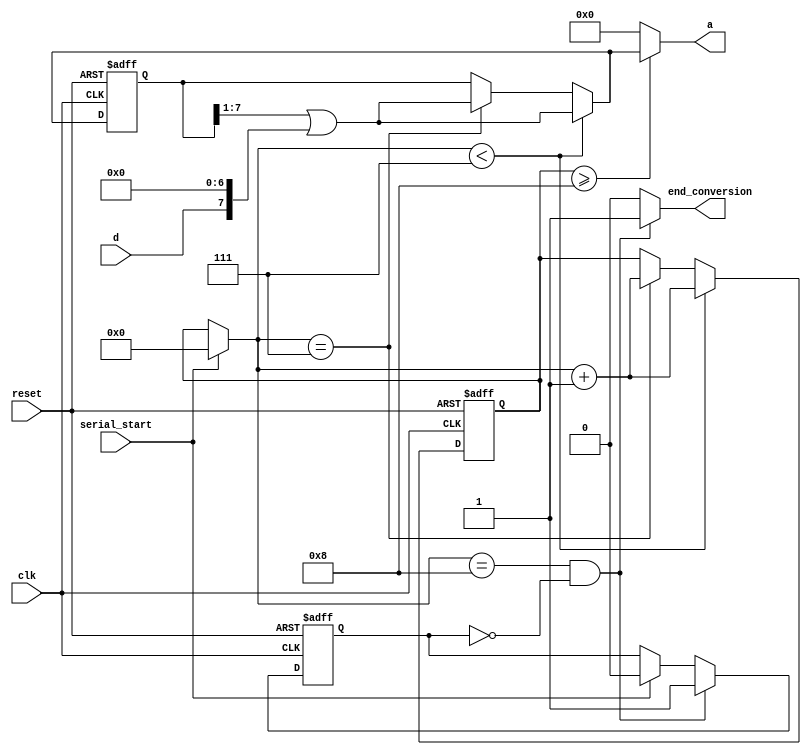
`timescale 1ns / 1ps
//////////////////////////////////////////////////////////////////////////////////
// Company: 
// Engineer: 
// 
// Design Name: 
// Module Name: serial2parallel
// Project Name: 
// Target Devices: 
// Tool Versions: 
// Description: 
// 
// Dependencies: 
// 
// Revision:
// Revision 0.01 - File Created
// Additional Comments:
// 
//////////////////////////////////////////////////////////////////////////////////
`define N 8

module serial2parallel(
    input serial_start,
    input d,
    input clk,
    input reset,
    output reg [7:0] a,
    output reg end_conversion
    );
    
    reg [3:0] counter;
    reg [7:0] state_reg; 
    
    reg [3:0] next_counter;
    reg [7:0] next_state; 
    
    reg [3:0] counter_temp;
    
    reg end_state;
    reg next_end_state;
    
    always@* begin
        if(serial_start)
            counter_temp = 0;
        else
            counter_temp = counter;
        
        if(counter_temp<`N-1) begin
            next_state = (state_reg >> 1) | {d,7'd0} ;
            next_counter = counter_temp + 1;
        end 
        else if(counter_temp==`N-1) begin
            next_state = (state_reg >> 1) | {d,7'd0} ;
            next_counter = counter_temp + 1;
        end
        else begin
            next_state = state_reg;
            next_counter = counter;         
        end
        
        if(counter >= `N) 
            a = next_state;
        else
            a = 8'd0;
            
        if(counter_temp == `N && !end_state) begin
            next_end_state = 1;
            end_conversion = 1;
        end
        else if(serial_start) begin
            next_end_state = 0;
            end_conversion = 0;
        end
        else begin 
            next_end_state = end_state;
            end_conversion = 0;
        end
        
    end 
    
    always@(posedge clk or posedge reset)
        if(reset)
            counter <= 4'd`N;
        else
            counter <= next_counter;

    always@(posedge clk or posedge reset)
        if(reset)
            state_reg <= 8'd0; 
        else
            state_reg <= next_state;
            
    always@(posedge clk or posedge reset)
        if(reset)
            end_state <= 0;
        else
            end_state <= next_end_state;       
    
endmodule